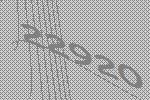
22920